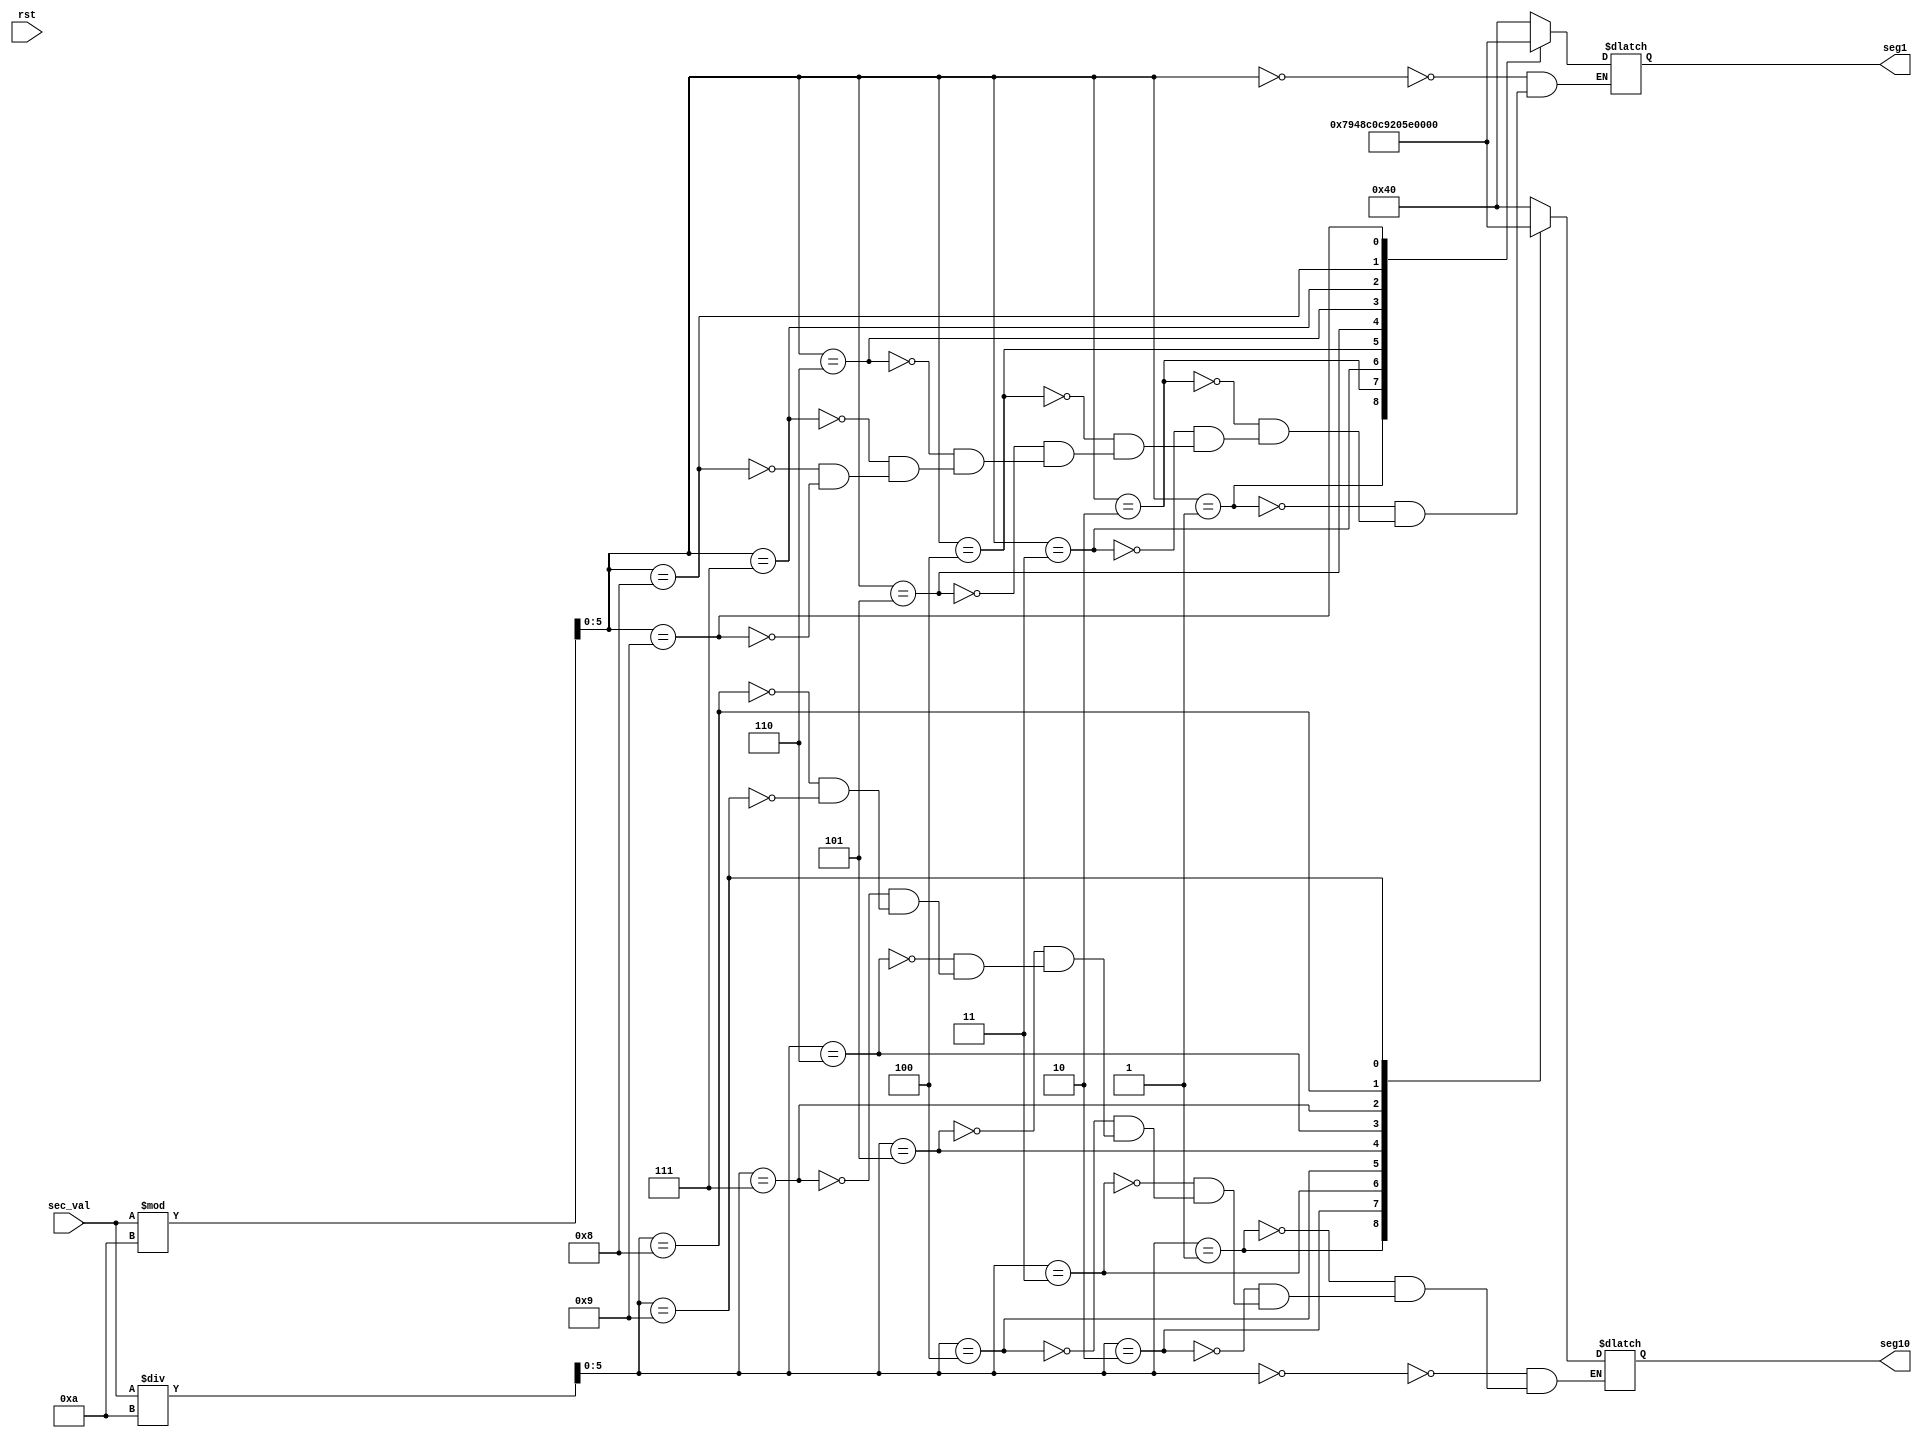
module sec_conv(rst,sec_val,seg1,seg10);
    input rst;
    input [5:0] sec_val;

    output reg [6:0] seg1,seg10;
    
    reg [5:0] decimal_1,decimal_10;
   
   always @(sec_val)begin
       decimal_1<=sec_val%10;
       decimal_10<=sec_val/10;
   end

   always@(decimal_1,decimal_10) begin  
    case(decimal_1)
     4'b0000 : seg1 = 7'b1000000;
     4'b0001 : seg1 = 7'b1111001;
     4'b0010 : seg1 = 7'b0100100;
     4'b0011 : seg1 = 7'b0110000;
     4'b0100 : seg1 = 7'b0011001;
     4'b0101 : seg1 = 7'b0010010;
     4'b0110 : seg1 = 7'b0000010;
     4'b0111 : seg1 = 7'b1111000;
     4'b1000 : seg1 = 7'b0000000;
     4'b1001 : seg1 = 7'b0010000;
    endcase

    case(decimal_10)
     4'b0000 : seg10 = 7'b1000000;
     4'b0001 : seg10 = 7'b1111001;
     4'b0010 : seg10 = 7'b0100100;
     4'b0011 : seg10 = 7'b0110000;
     4'b0100 : seg10 = 7'b0011001;
     4'b0101 : seg10 = 7'b0010010;
     4'b0110 : seg10 = 7'b0000010;
     4'b0111 : seg10 = 7'b1111000;
     4'b1000 : seg10 = 7'b0000000;
     4'b1001 : seg10 = 7'b0010000;
    endcase
  end
  

endmodule // sec_conv